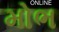
મોભ